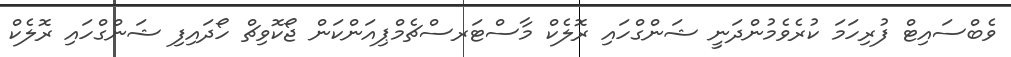
ވެބްސައިޓް ފުރިހަމަ ކުރެވެމުންދަނީ ޝަންގްހައި ރޮލެކް މާސްޓަރސްޗެމްޕިއަންކަން ޖޯކޮވިޗް ހޯދައިފި ޝަންގްހައި ރޮލެކް